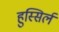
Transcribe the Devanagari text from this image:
हुस्सिर्ल